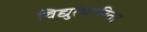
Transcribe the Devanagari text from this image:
विद्युत्धारिता